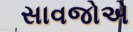
સાવજોએ